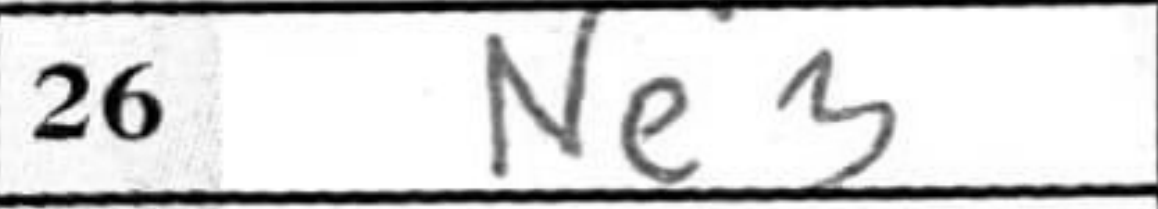
Transcription: Ne3